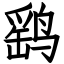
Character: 鹞